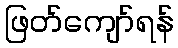
ဖြတ်ကျော်ရန်